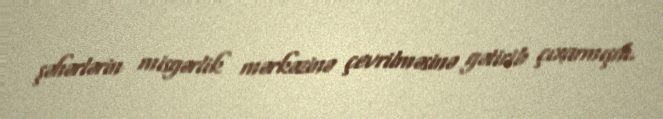
şəhərlərin misgərlik mərkəzinə çevrilməsinə gətirib çıxarmışdı.